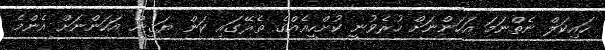
ހައިކަލް ނެތްނަމަ އަހަންނަށް ހުރެވުނީ ކުށްހީއެއްގެ ތެރޭގައި ކަން ޔަޤީން އަހަންނަށް އެންމެ